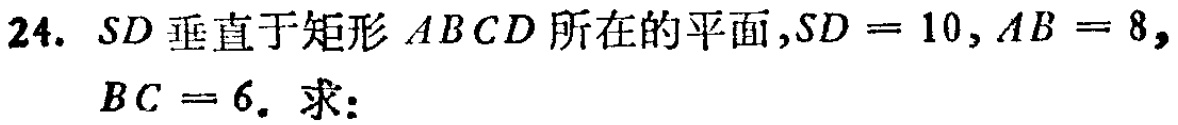
24. \(SD\)垂直于矩形\(ABCD\)所在的平面,\(SD = 10\), \(AB = 8\), \(BC = 6\). 求: